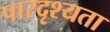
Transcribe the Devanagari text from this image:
पारदृश्यता